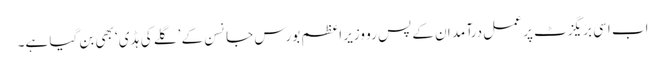
اب اسی بریگزٹ پر عمل درآمد ان کے پس رو وزیر اعظم بورس جانسن کے ’گلے کی ہڈی‘ بھی بن گیا ہے۔